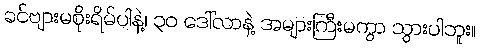
ခင်ဗျားမစိုးရိမ်ပါနဲ့၊ ၃၀ ဒေါ်လာနဲ့ အများကြီးမကွာ သွားပါဘူး။